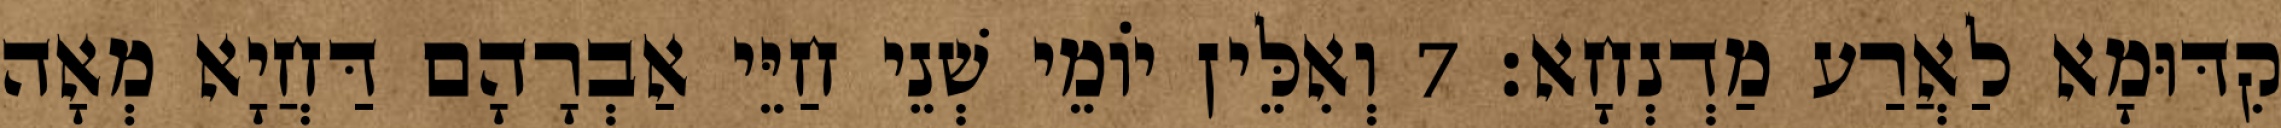
קִדּוּמָא לַאֲרַע מַדְנְחָא׃ 7 וְאִלֵּין יוֹמֵי שְׁנֵי חַיֵּי אַבְרָהָם דַּחֲיָא מְאָה